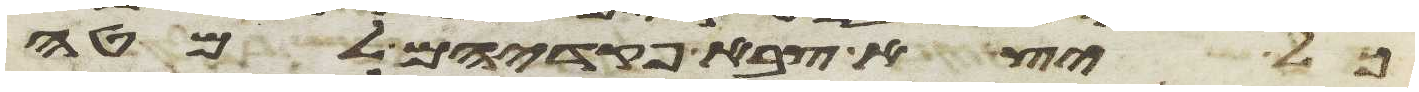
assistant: כל יצא צבא פקדיהם למטה